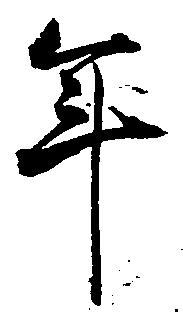
年